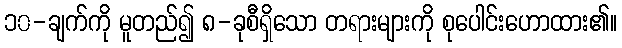
၁၀-ချက်ကို မူတည်၍ ၈-ခုစီရှိသော တရားများကို စုပေါင်းဟောထား၏။